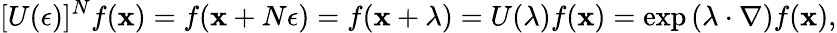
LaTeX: [U(\mathbf{\epsilon})]^{N}f(\mathbf{x})=f(\mathbf{x}+N\mathbf{\epsilon})=f(\mathbf{x}+\mathbf{\lambda})=U(\mathbf{\lambda})f(\mathbf{x})=\exp\left(\mathbf{\lambda}\cdot\nabla\right)f(\mathbf{x}),